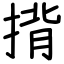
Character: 揹